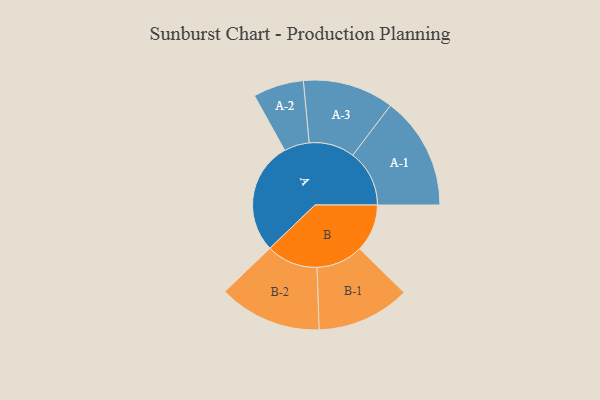
{"axis": {"x": "Segment", "y": "Value"}, "legend": ["", "A", "B"], "data": [{"x": "A", "y": 488, "type": ""}, {"x": "B", "y": 207, "type": ""}, {"x": "A-1", "y": 246, "type": "A"}, {"x": "A-2", "y": 110, "type": "A"}, {"x": "A-3", "y": 198, "type": "A"}, {"x": "B-1", "y": 203, "type": "B"}, {"x": "B-2", "y": 224, "type": "B"}]}